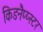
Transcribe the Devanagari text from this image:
किडनैप्प्स्टर